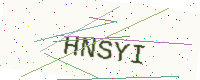
Text: HNSYI